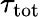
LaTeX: \tau_{\mathrm{tot}}